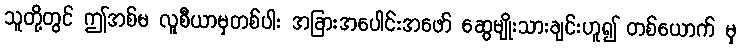
သူတို့တွင် ဤအစ်မ လူစီယာမှတစ်ပါး အခြားအပေါင်းအဖော် ဆွေမျိုးသားချင်းဟူ၍ တစ်ယောက် မှ